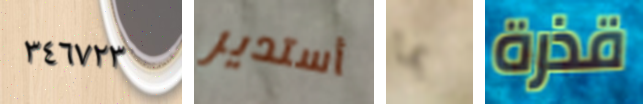
٣٤٦٧٢٣ أستدير بما قذرة